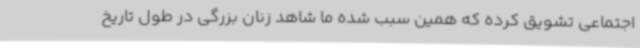
اجتماعی تشویق کرده که همین سبب شده ما شاهد زنان بزرگی در طول تاریخ